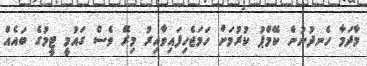
މާދަމާ ހެނދުނުން ކޭމްޕު ކުރުމަށް ހަމަޖެހިފައިވާއިރު މިރޭ ވެސް ގައުމީ ޓީމުގެ ބައެއް